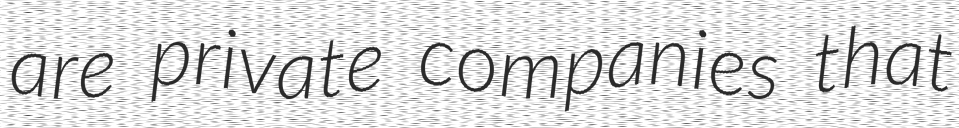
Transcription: are private companies that